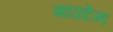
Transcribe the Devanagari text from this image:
मांउटेन